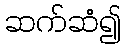
ဆက်ဆံ၍